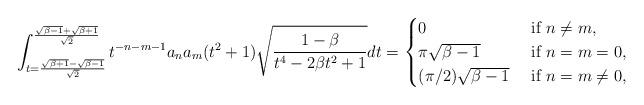
LaTeX: \begin{align*}\int_{t= \frac{\sqrt{\beta +1}-\sqrt{\beta -1}}{\sqrt{2}}}^{\frac{\sqrt{\beta -1}+\sqrt{\beta +1}}{\sqrt{2}}}t^{-n-m-1}a_na_m (t^2+1) \sqrt{\frac{1-\beta }{t^4-2 \beta t^2+1}}dt = \begin{cases} 0& \mbox{ if } n\not=m, \\ \pi \sqrt{\beta -1}& \mbox{ if } n =m=0, \\ (\pi /2)\sqrt{\beta -1}& \mbox{ if } n =m\neq 0, \end{cases} \end{align*}